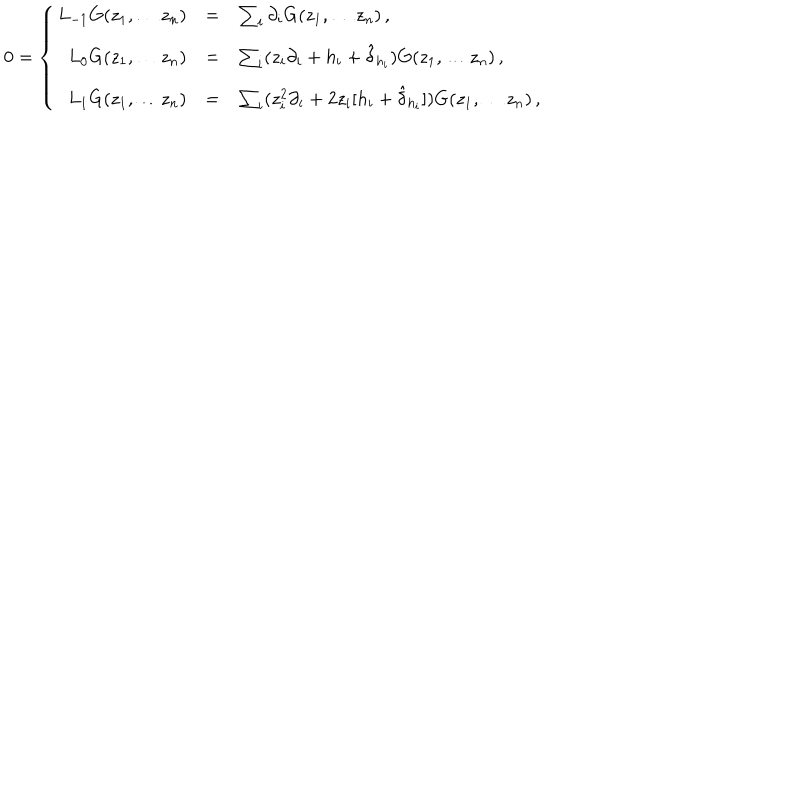
LaTeX: 0 = \left\{ \begin{array} { r c l } { { L _ { - 1 } G ( z _ { 1 } , \ldots z _ { n } ) } } & { { = } } & { { \sum _ { i } \partial _ { i } G ( z _ { 1 } , \ldots z _ { n } ) \, , } } \\ { { L _ { 0 } G ( z _ { 1 } , \ldots z _ { n } ) } } & { { = } } & { { \sum _ { i } ( z _ { i } \partial _ { i } + h _ { i } + \hat { \delta } _ { h _ { i } } ) G ( z _ { 1 } , \ldots z _ { n } ) \, , } } \\ { { L _ { 1 } G ( z _ { 1 } , \ldots z _ { n } ) } } & { { = } } & { { \sum _ { i } ( z _ { i } ^ { 2 } \partial _ { i } + 2 z _ { i } [ h _ { i } + \hat { \delta } _ { h _ { i } } ] ) G ( z _ { 1 } , \ldots z _ { n } ) \, , } } \\ \end{array} \right.